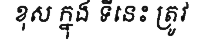
ខុស ក្នុង ទីនេះ ត្រូវ